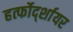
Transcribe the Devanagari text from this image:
हर्त्फोर्द्शायर